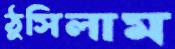
ঠুসিলাম